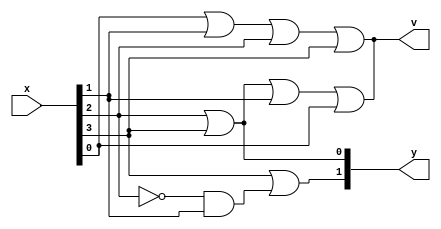
module four_to_twi_priority_encoder(y,v,x);

input [3:0] x;
output [1:0] y;
output v;

//for structural modeling
wire o1,o2;

//structural modeling
or g1(y[0],x[2],x[3]);
not g2(o1,x[2]);
and g3(o2,o1,x[1]);
or g4(y[1],x[3],o2);
or g5(v,x[3],x[2],x[1],x[0]);

//dataflow modeling
assign y[0] = x[2] | x[3];
assign y[1] = x[3] | (x[1] & ~x[2]);
assign v= x[0] | x[1] | x[2] | x[3] ;

endmodule